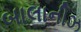
બાલાનીઝ